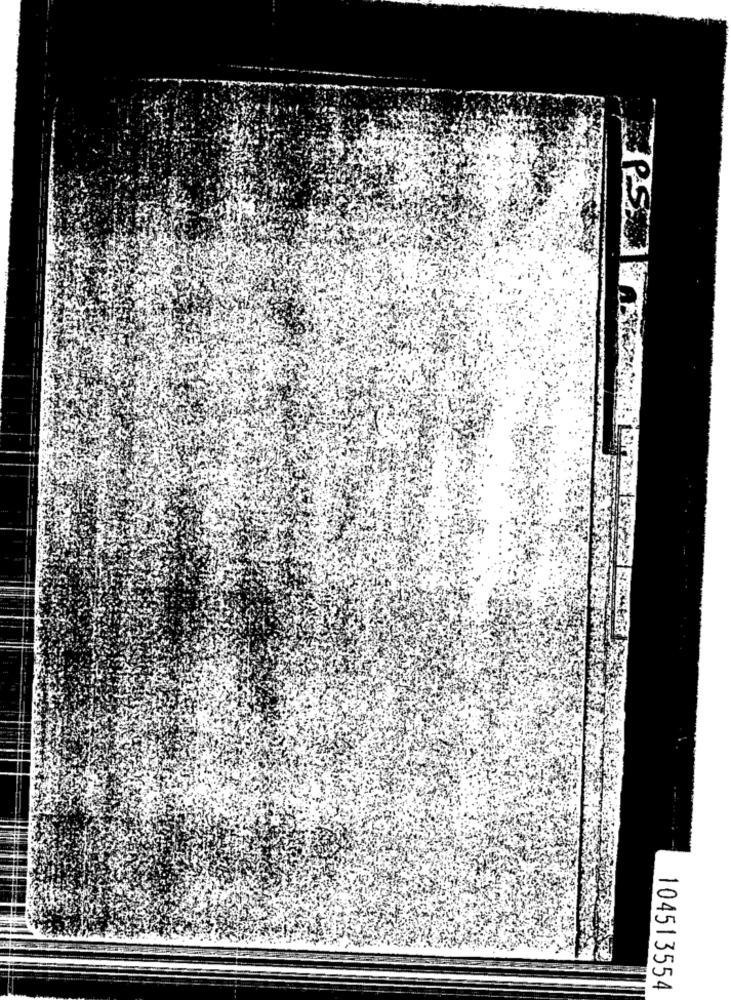
104513554